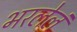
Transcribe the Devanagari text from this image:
भरलेलं